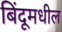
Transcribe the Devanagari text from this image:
बिंदूमधील